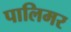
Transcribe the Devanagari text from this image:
पालिमर